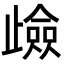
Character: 𭭶